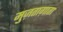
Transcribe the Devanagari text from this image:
मुज़ताग़ाता